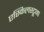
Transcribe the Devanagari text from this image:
एस्किलस्टूना